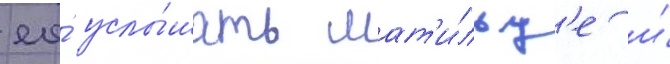
ео́ услы́шать мат'и́льд'е и́